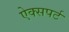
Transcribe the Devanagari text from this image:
ऐक्सपर्ट